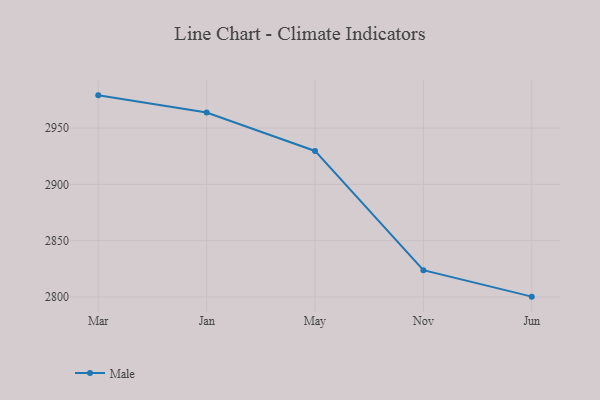
{"axis": {"x": "Month", "y": "Net Income (USD K)"}, "legend": ["Male"], "data": [{"x": "Mar", "y": 2979.1, "type": "Male"}, {"x": "Jan", "y": 2963.8, "type": "Male"}, {"x": "May", "y": 2929.7, "type": "Male"}, {"x": "Nov", "y": 2823.7, "type": "Male"}, {"x": "Jun", "y": 2800.2, "type": "Male"}]}